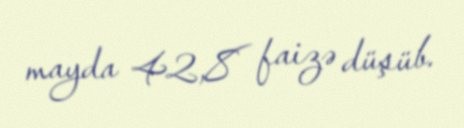
mayda 42,8 faizə düşüb.